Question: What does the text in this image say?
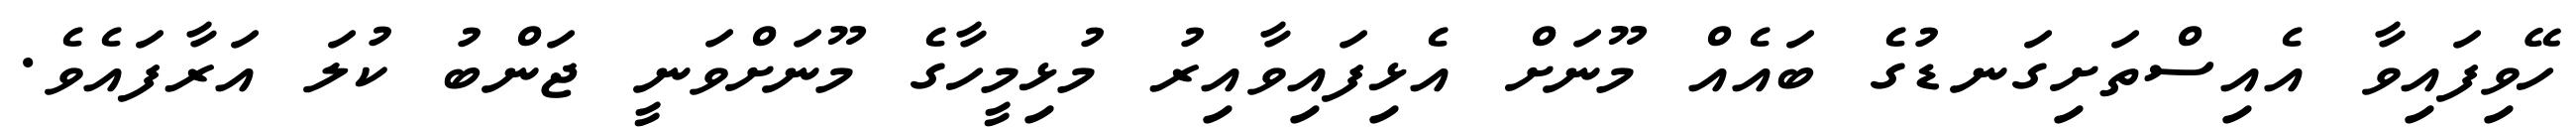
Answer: ހޭވިފައިވާ އެއިސްތަށިގަނޑުގެ ބައެއް މޫނަށް އެޅިފައިވާއިރު މުޅިމީހާގެ މޫނަށްވަނީ ޖަންބު ކުލަ އަރާފައެވެ.